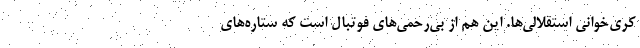
کُری‌خوانی استقلالی‌ها. این هم از بی‌رحمی‌های فوتبال است که ستاره‌های